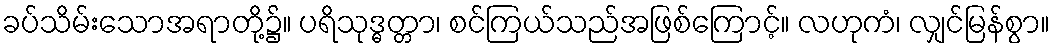
ခပ်သိမ်းသောအရာတို့၌။ ပရိသုဒ္ဓတ္တာ၊ စင်ကြယ်သည်အဖြစ်ကြောင့်။ လဟုကံ၊ လျှင်မြန်စွာ။